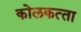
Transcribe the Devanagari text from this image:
कोलकत्‍ता